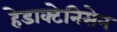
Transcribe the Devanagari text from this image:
हेडाक्टेनिसेन